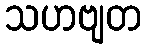
သဟဗျတ